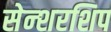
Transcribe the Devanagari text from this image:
सेन्शरशिप